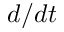
d / d t